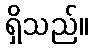
ရှိသည်။